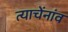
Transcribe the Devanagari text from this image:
त्याचेंनांव